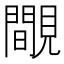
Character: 覸